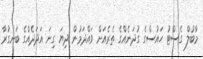
މާބުލް ގެސްޓު ހައުސްގެ ގުދަނެއްގެ ތެރެއަށް ވައްދަމުން ދިޔަ ގިނަ އަދަދެއްގެ ބަނގުރާ